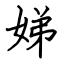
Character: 娣